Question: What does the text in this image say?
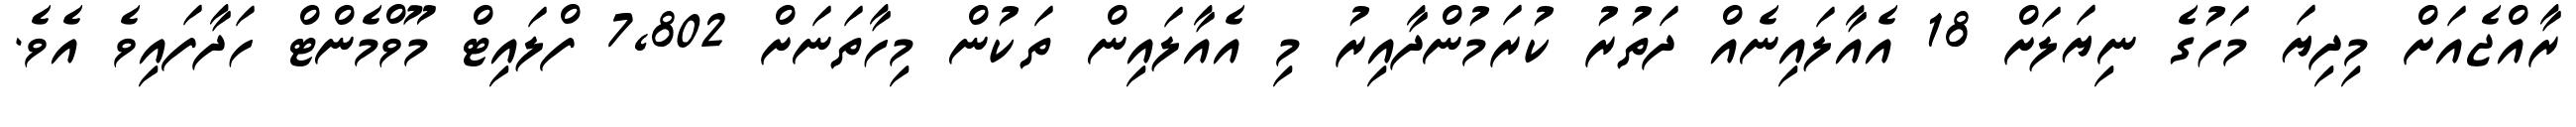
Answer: ރާއްޖެއަށް މިދިޔަ މަހުގެ ނިޔަލަށް 18 އެއާލައިނެއް ދަތުރު ކުރަމުންދާއިރު މި އެއާލައިން ތަކުން މިހާތަނަށް 7,802 ފްލައިޓް މޫވްމެންޓް ހަދާފައިވެ އެވެ.